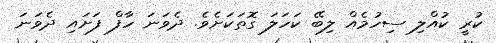
ކުރީ ކުއްލި ސިހުމެއް ލިބޭ ކަހަލަ ގޮތަކަށެވެ. ދެވަނަ ހާފް ފަށައި ދެވަނަ